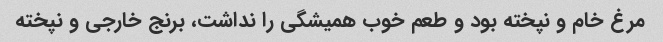
مرغ خام و نپخته بود و طعم خوب همیشگی را نداشت، برنج خارجی و نپخته